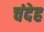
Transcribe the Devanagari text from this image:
चंदेह